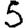
Digit: 5